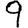
Digit: 9